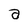
Character: a